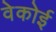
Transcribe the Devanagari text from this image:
वेकोई